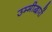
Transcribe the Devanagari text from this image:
उम्मीद्वारों